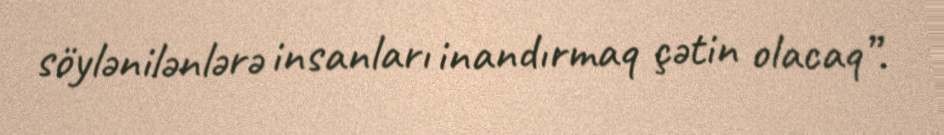
söylənilənlərə insanları inandırmaq çətin olacaq”.